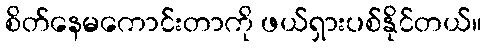
စိတ်နေမကောင်းတာကို ဖယ်ရှားပစ်နိုင်တယ်။